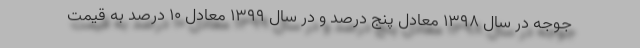
جوجه در سال ۱۳۹۸ معادل پنج درصد و در سال ۱۳۹۹ معادل ۱۰ درصد به قیمت